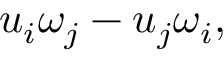
u _ { i } \omega _ { j } - u _ { j } \omega _ { i } ,